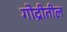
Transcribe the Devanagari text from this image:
गोद्रीतील